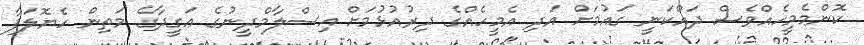
ކޮންމެމީހެއްވެސް ދައްކަނީ ގައުމަށް އަދި އެމީހެއްގެ ދިރުއުޅުމަށް އިސްލާމްދީނުގެ ޢަގީދާގެ މަތިން ހެޔޮލަފާ